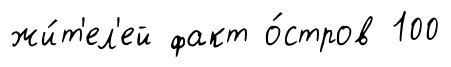
жи́т'ел'ей факт о́стров 100